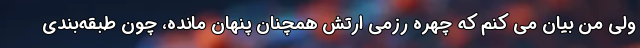
ولی من بیان می کنم که چهره رزمی ارتش همچنان پنهان مانده، چون طبقه‌بندی